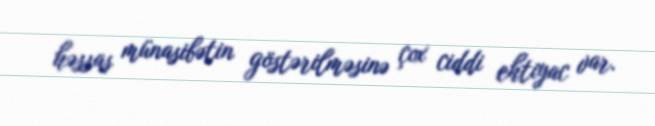
həssas münasibətin göstərilməsinə çox ciddi ehtiyac var.